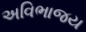
અવિભાજય